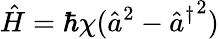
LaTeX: \hat{H}=\hbar\chi(\hat{a}^{2}-{{}\hat{a}^{\dagger}}^{2})